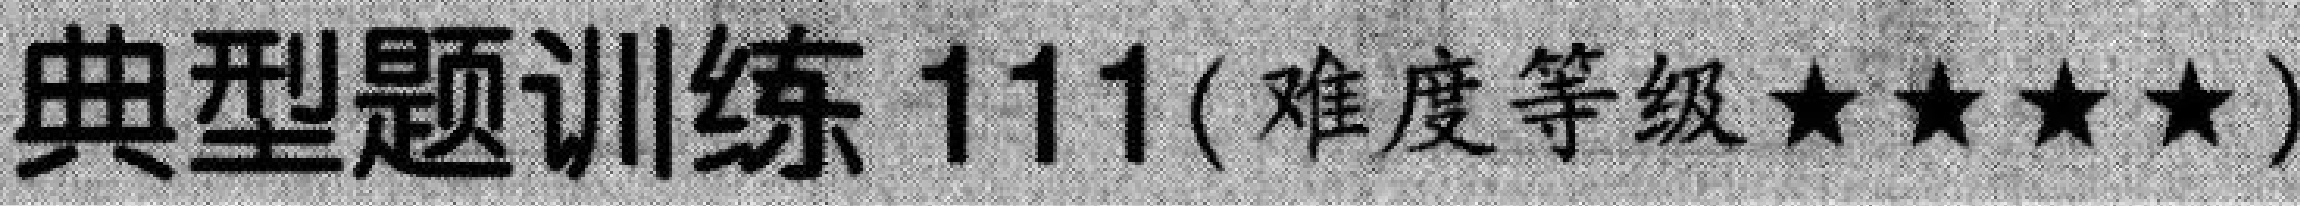
典型题训练111(难度等级★★★★)